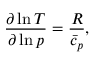
\frac { \partial \ln { T } } { \partial \ln { p } } = \frac { R } { \bar { c } _ { p } } ,